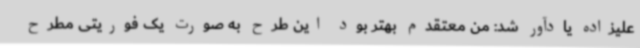
علیزاده یادآور شد: من معتقدم بهتر بود این طرح به صورت یک فوریتی مطرح